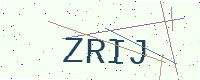
Text: ZRIJ